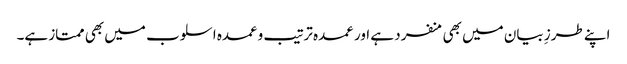
اپنے طرزِ بیان میں بھی منفرد ہے اور عمدہ ترتیب وعمدہ اسلوب میں بھی ممتاز ہے۔